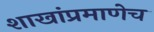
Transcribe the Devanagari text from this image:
शाखांप्रमाणेच